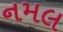
નમલ